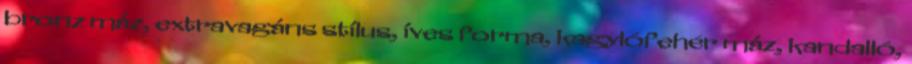
bronz máz, extravagáns stílus, íves forma, kagylófehér máz, kandalló,